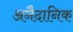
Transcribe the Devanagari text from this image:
अनैदानिक